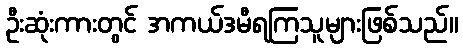
ဦးဆုံးကားတွင် အကယ်ဒမီရကြသူများဖြစ်သည်။